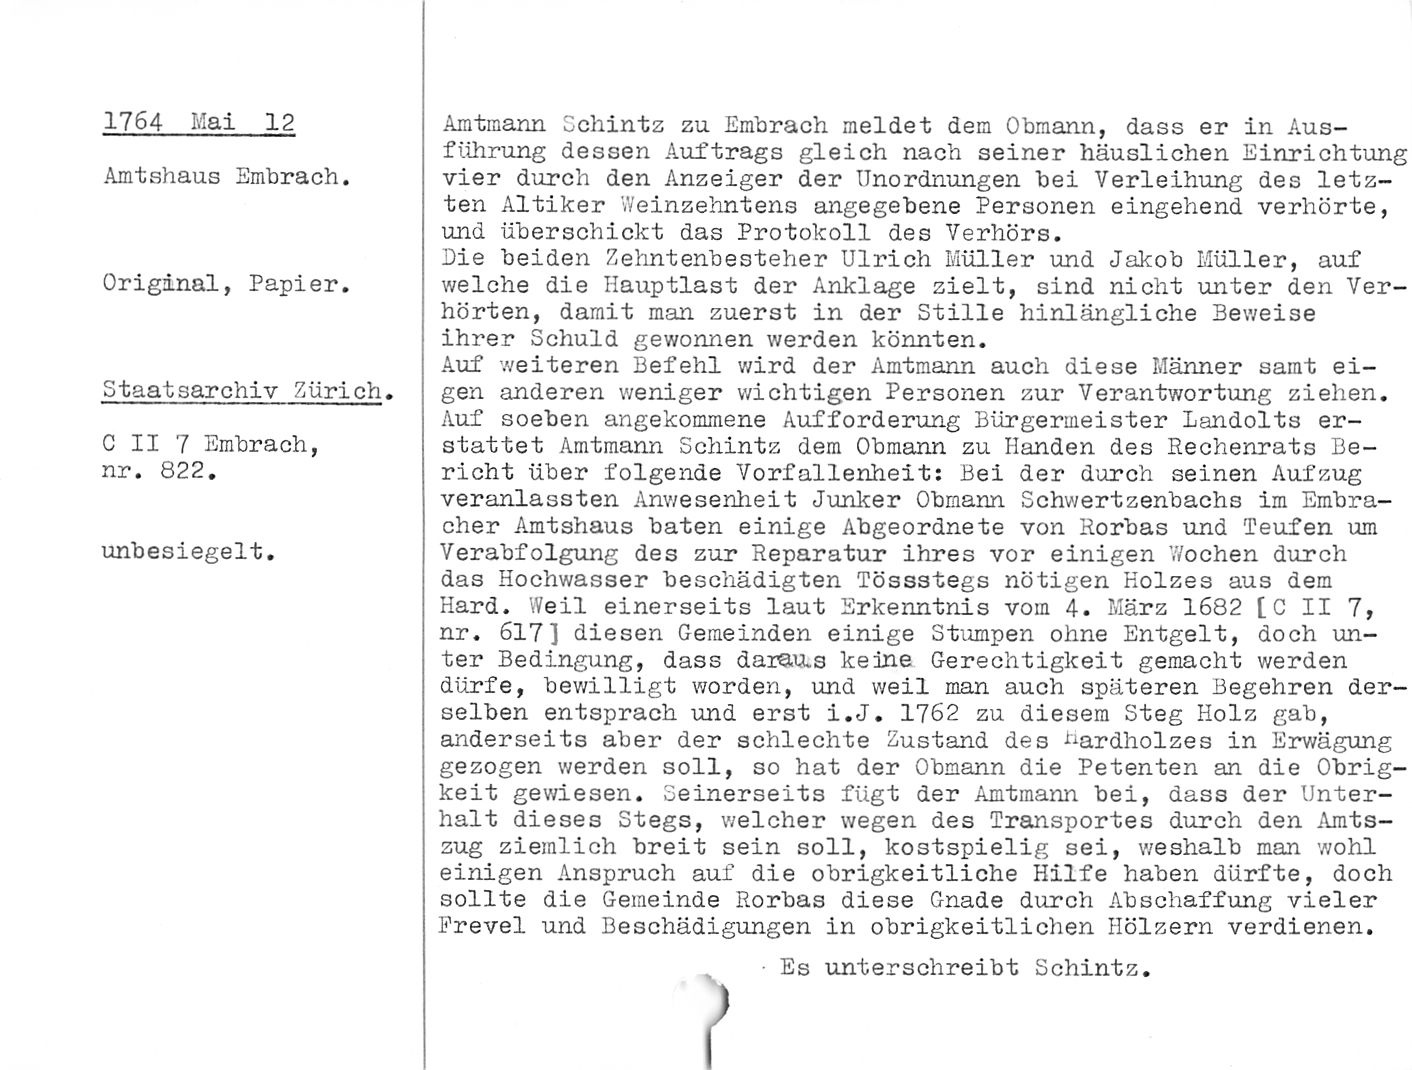
1764 Mai 12
Amtshaus Embrach.

Original, Papier.

Staatsarchiv Zürich.

C II 7 Embrach,
nr. 822.

unbesiegelt.

Amtmann Schintz zu Embrach meldet dem Obmann, dass er in Aus¬
führung dessen Auftrags gleich nach seiner häuslichen Einrichtung
vier durch den Anzeiger der Unordnungen bei Verleihung des letz¬
ten Altiker Weinzehntens angegebene Personen eingehend verhörte,
und überschickt das Protokoll des Verhörs.

Die beiden Zehntenbesteher Ulrich Müller und Jakob Müller, auf
welche die Hauptlast der Anklage zielt, sind nicht unter den Ver¬
hörten, damit man zuerst in der Stille hinlängliche Beweise
ihrer Schuld gewonnen werden könnten.

Auf weiteren Befehl wird der Amtmann auch diese Männer samt ei¬
gen anderen weniger wichtigen Personen zur Verantwortung ziehen.
Auf soeben angekommene Aufforderung Bürgermeister Landolts er¬
stattet Amtmann Schintz dem Obmann zu Händen des Rechenrats Be¬
richt über folgende Vorfallenheit: Bei der durch seinen Aufzug
veranlassten Anwesenheit Junker Obmann Schwertzenbachs im Embra-
cher Amtshaus baten einige Abgeordnete von Horbas und Teufen um
Verabfolgung des zur Reparatur ihres vor einigen 'Jochen durch
das Hochwasser beschädigten Tössstegs nötigen Holzes aus dem
Hard. Weil einerseits laut Erkenntnis vom 4. März 1682 [C II 7,
nr. 617] diesen Gemeinden einige Stumpen ohne Entgelt, doch un¬
ter Bedingung, dass daraus keine Gerechtigkeit gemacht werden
dürfe, bewilligt worden, und weil man auch späteren Begehren der¬
selben entsprach und erst i.J. 1762 zu diesem Steg Holz gab,
anderseits aber der schlechte Zustand des hardholzes in Erwägung
gezogen werden soll, so hat der Obmann die Petenten an die Obrig¬
keit gewiesen. Seinerseits fügt der Amtmann bei, dass der Unter¬
halt dieses Stegs, welcher wegen des Transportes durch den Amts¬
zug ziemlich breit sein soll, kostspielig sei, weshalb man wohl
einigen Anspruch auf die obrigkeitliche Hilfe haben dürfte, doch
sollte die Gemeinde Horbas diese Gnade durch Abschaffung vieler
Frevel und Beschädigungen in obrigkeitlichen Hölzern verdienen.

Es unterschreibt Schintz.